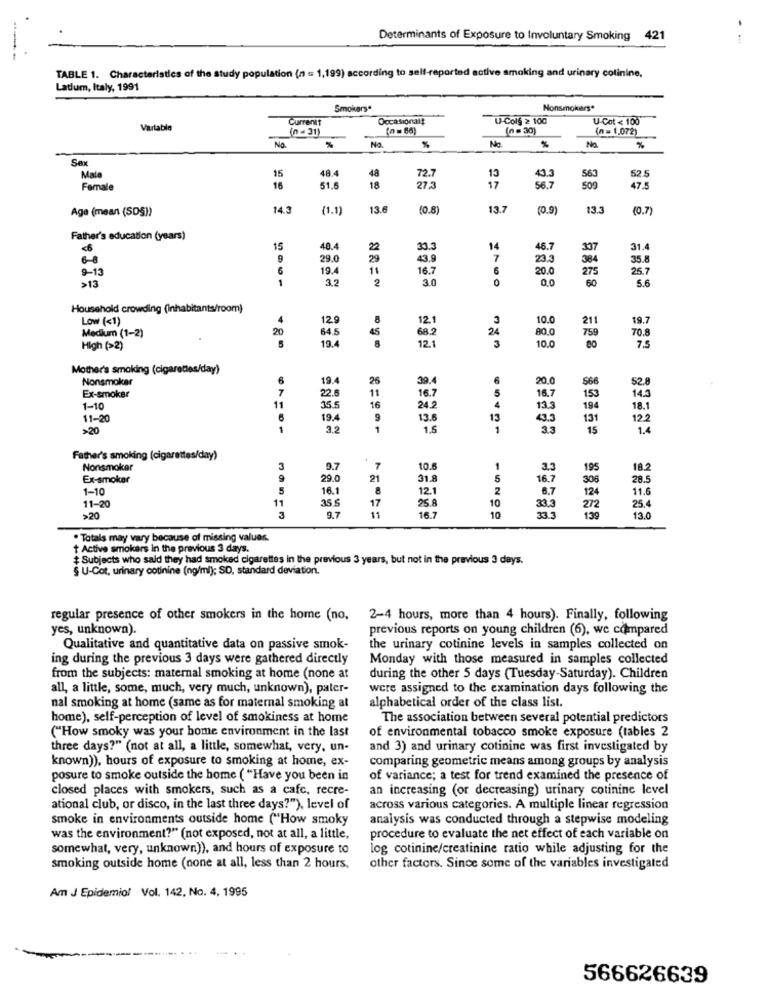
Determinants of Exposure to Involuntary Smoking 421
--
TABLE 1. Characteristics of the study population (n = 1,199) according to self-reported active smoking and urinary colinine,
Latium, Italy, 1991
Smokers*
Nonsmokers*
Currentt
Occasionalt
U-Col§ 2 100
U-Cot < 100
Vartable
(0 -31)
(n = 66)
(n =30)
(n = 1,072)
No.
No.
%
%
No.
%
No.
%
Sex
48.4
43.3
52.5
Mate
15
48
13
563
Female
16
51.5
18
27 3
17
56.7
509
47.5
Age (mean (SDS))
14.3
(1.1)
13.6
(0.8)
13.7
(0.9)
13.3
(0.7)
Father's education (years)
15
40.4
22
33.3
14
46.7
337
31.
29.0
29
43.9
23.3
384
35.8
9-13
19.4
11
16.7
6
20.0
275
25.7
>13
1
3.2
2
3.0
60
5.6
Household crowding (inhabitants/room)
Low (<1)
4
129
8
12.1
10.0
211
19.7
20
64.5
45
68.2
24
80.0
70.8
Medium (1-2)
19.4
12.1
3
10.0
759
80
High (>2)
8
7.5
Mother's smoking (cigarettes/day)
Nonsmoker
6
19.4
26
39.
6
20.0
$66
52.8
7
16.7
5
Ex-smoker
11
22.6
11
16.7
153
14.3
1-10
155
16
24.2
4
13.3
194
18.1
11-20
19.4
9
13.6
13
43.3
131
12.2
>20
1
3.2
1
1.5
1
3.3
15
1.4
Father's smoking (cigarettes/day)
Nonsmoker
3
9.7
7
10.6
1
3.3
195
18.2
Ex-smoker
9
29.0
21
31.8
5
16.7
308
28.5
1-10
16.1
8
12.
2
8.7
124
11.6
11-20
11
17
10
35.$
25.8
33,3
272
25.4
>20
3
9.7
11
16.7
10
33.3
139
13.0
· Totals may vary because of missing values.
t Active smokers in the previous 3 days.
# Subjects who said they had smoked cigarettes in the previous 3 years, but not in the previous 3 days.
§ U-Cot, urinary cotinine (ng/ml); SD, standard deviation.
regular presence of other smokers in the home (no, 2-4 hours, more than 4 hours). Finally, following
yes, unknown)
previous reports on young children (6), we compared
Qualitative and quantitative data on passive smok-
the urinary cotinine levels in samples collected on
ing during the previous 3 days were gathered directly
Monday with those measured in samples collected
from the subjects: maternal smoking at home (none at
during the other 5 days (Tuesday-Saturday). Children
all, a little, some, much, very much, unknown), pater-
were assigned to the examination days following the
nal smoking at home (same as for maternal smoking at
alphabetical order of the class list.
home), self-perception of level of smokiness at home
The association between several potential predictors
("How smoky was your bome environment in the last
of environmental tobacco smoke exposure (tables 2
three days?" (not at all, a little, somewhat, very, un-
and 3) and urinary cotinine was first investigated by
known)), hours of exposure to smoking at home, ex-
comparing geometric means among groups by analysis
posure to smoke outside the home ( "Have you been in
of variance; a test for trend examined the presence of
closed places with smokers, such as a cafe, recre-
an increasing (or decreasing) urinary cotininc level
ational club, or disco, in the last three days?"), level of
across various categories. A multiple linear regression
smoke in environments outside home ("How smoky
analysis was conducted through a stepwise modeling
was the environment?" (not exposed, not at all, a little,
procedure to evaluate the net effect of each variable on
somewhat, very, unknown)), and hours of exposure to
log cotinine/creatinine ratio while adjusting for the
smoking outside home (none at all, less than 2 hours,
other factors. Since some of the variables investigated
Am J Epidemiol Vol. 142, No. 4. 1995
566626639